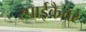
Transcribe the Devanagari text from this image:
स्पाईकैचर